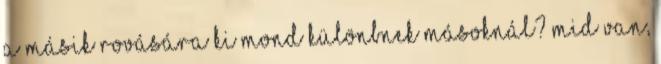
a másik rovására Ki mond különbnek másoknál? Mid van,